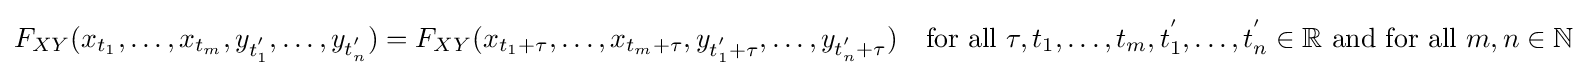
F_{XY}(x_{t_{1}},\ldots ,x_{t_{m}},y_{t_{1}^{'}},\ldots ,y_{t_{n}^{'}})=F_{XY}(x_{t_{1}+\tau },\ldots ,x_{t_{m}+\tau },y_{t_{1}^{'}+\tau },\ldots ,y_{t_{n}^{'}+\tau })\quad {\text{for all }}\tau ,t_{1},\ldots ,t_{m},t_{1}^{'},\ldots ,t_{n}^{'}\in \mathbb {R} {\text{ and for all }}m,n\in \mathbb {N}